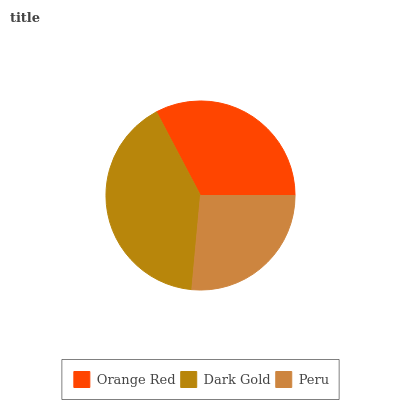
| Orange Red | Dark Gold | Peru |
 | --- | --- | --- |
 | 32.8% | 40.9% | 26.4% |